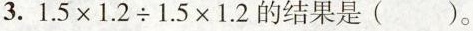
3.$$1 . 5 \times 1 . 2 \div 1 . 5 \times 1 . 2$$的结果是( )。